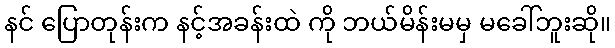
နင် ပြောတုန်းက နင့်အခန်းထဲ ကို ဘယ်မိန်းမမှ မခေါ်ဘူးဆို။